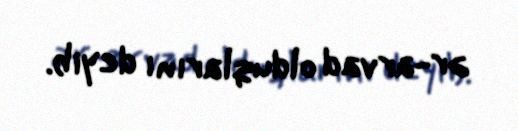
ər-arvad olduqlarını deyib.